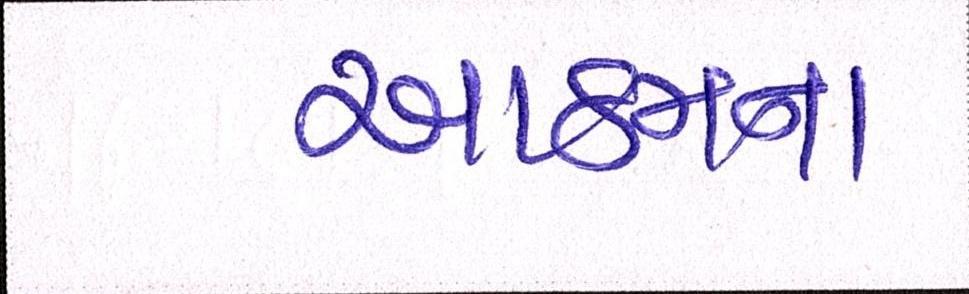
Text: આઠમના